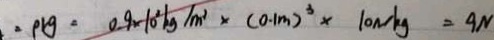
= \rho r g = 0 . 9 \times 1 0 ^ { 3 } k g / m ^ { 2 } \times ( 0 . 1 m ) ^ { 3 } \times 1 0 N / k g = 9 N